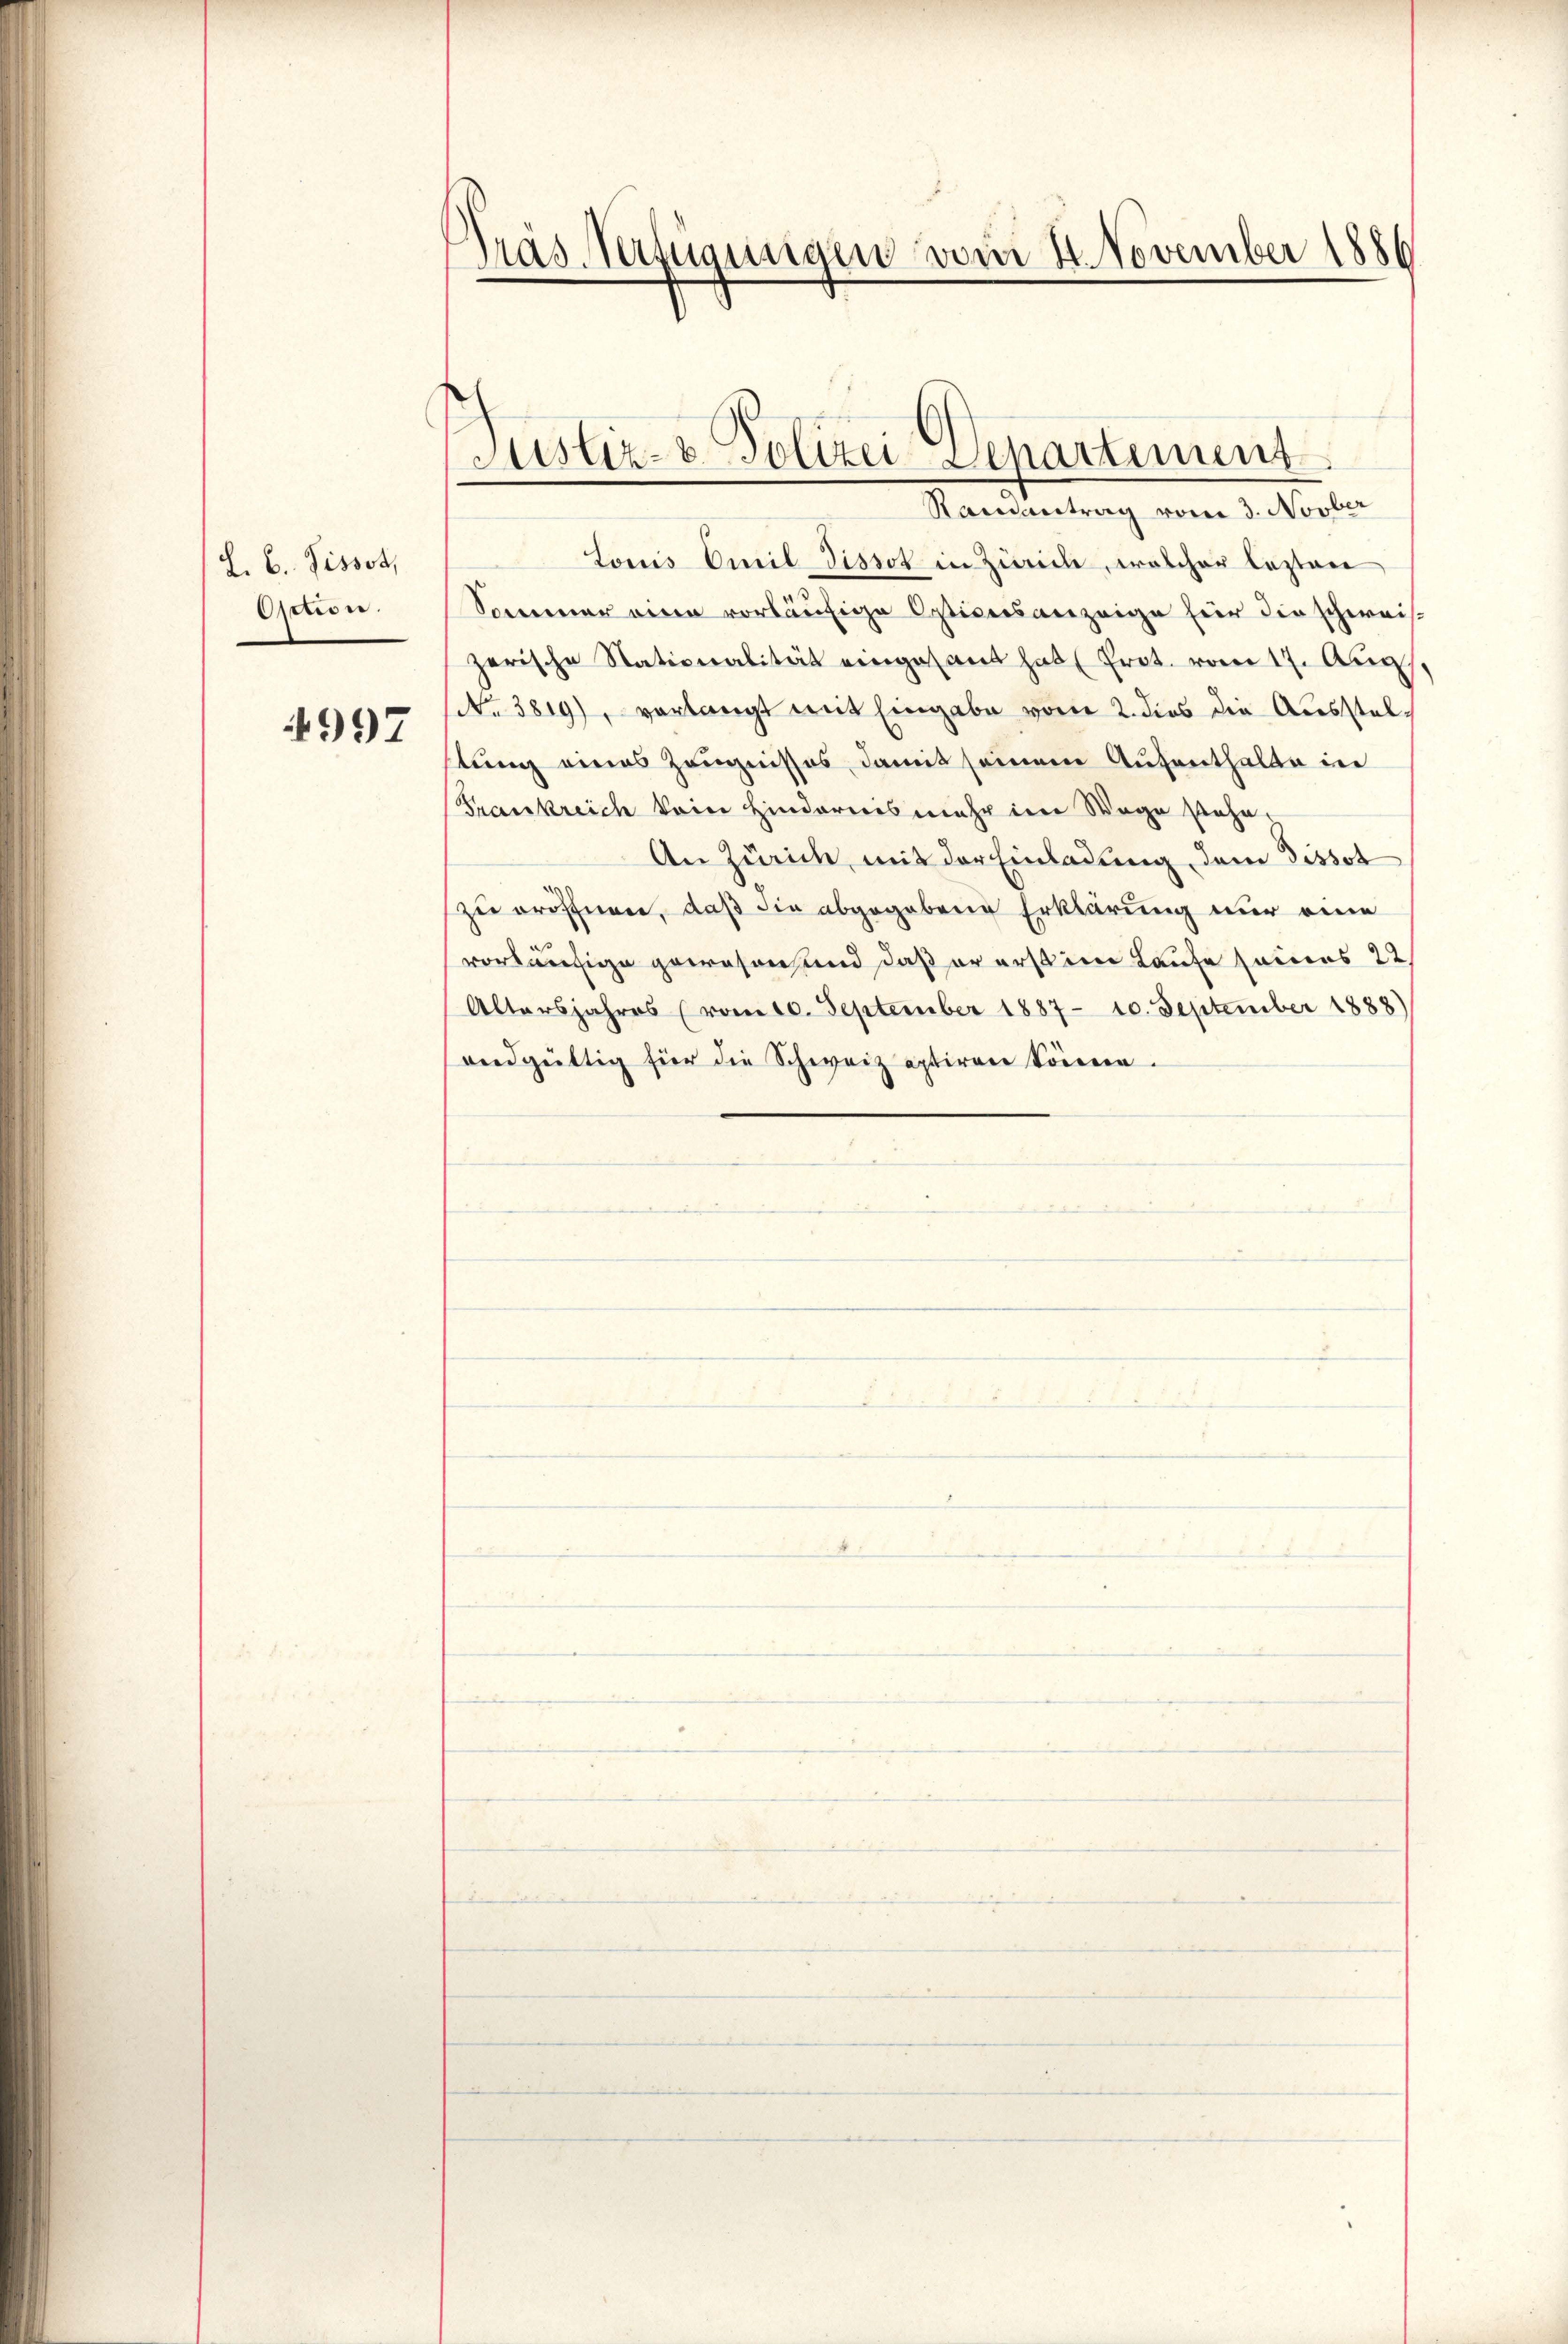
L. B. Pissot,
Oction.

4997

Gras Verfügungen vom 4. November 1886

Justiz- & Polizei Departement
Raisantrag vom 3. Novber

Louis Omil Tissot in Zürich, welcher lezten
Sommer eine vorläufige Ostiversanzeige für die schweis-
zerische Nationalität eingesandt hab (Prot. vom 17. Aug.
No 3819), verlangt mit Eingabe vom 2. dies die Ausstellung eines Zeugnisses, damit seinem Aufenthalte in
Frankreich kein Hinderweis mehr im Wege stehe,
An Zürich, mit der Einladung dem dissot
zu eröffner, daß die abgegebene Erklärung nur eine
vorläufige gewesen, und daß er erst im Laufe seines 22
Altersjahres (vom 10. September 1887 - 10. September 1888)
endgültig für die Schweiz aptiren könnern.